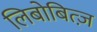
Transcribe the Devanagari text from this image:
लिबोबित्ज़